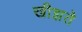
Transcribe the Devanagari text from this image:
खीझते